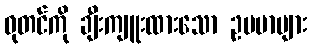
ဓုတင်ကို ချီးကျူးထားသော ဥပမာများ